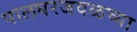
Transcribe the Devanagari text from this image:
पालघरजवळच्या